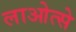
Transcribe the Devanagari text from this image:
लाओत्से